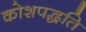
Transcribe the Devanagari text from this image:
कोशपद्धति